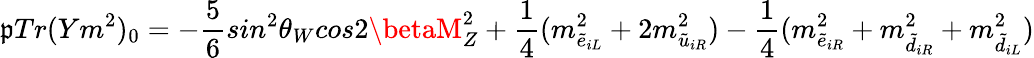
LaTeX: \mathfrak{p}Tr(Ym^{2})_{0}=-\frac{{5}}{{6}}sin^{2}\theta_{W}cos2\betaM_{Z}^{2}+\frac{{1}}{{4}}(m_{\tilde{{e}}_{iL}}^{2}+2m_{\tilde{{u}}_{iR}}^{2})-\frac{{1}}{{4}}(m_{\tilde{{e}}_{iR}}^{2}+m_{\tilde{{d}}_{iR}}^{2}+m_{\tilde{{d}}_{iL}}^{2})